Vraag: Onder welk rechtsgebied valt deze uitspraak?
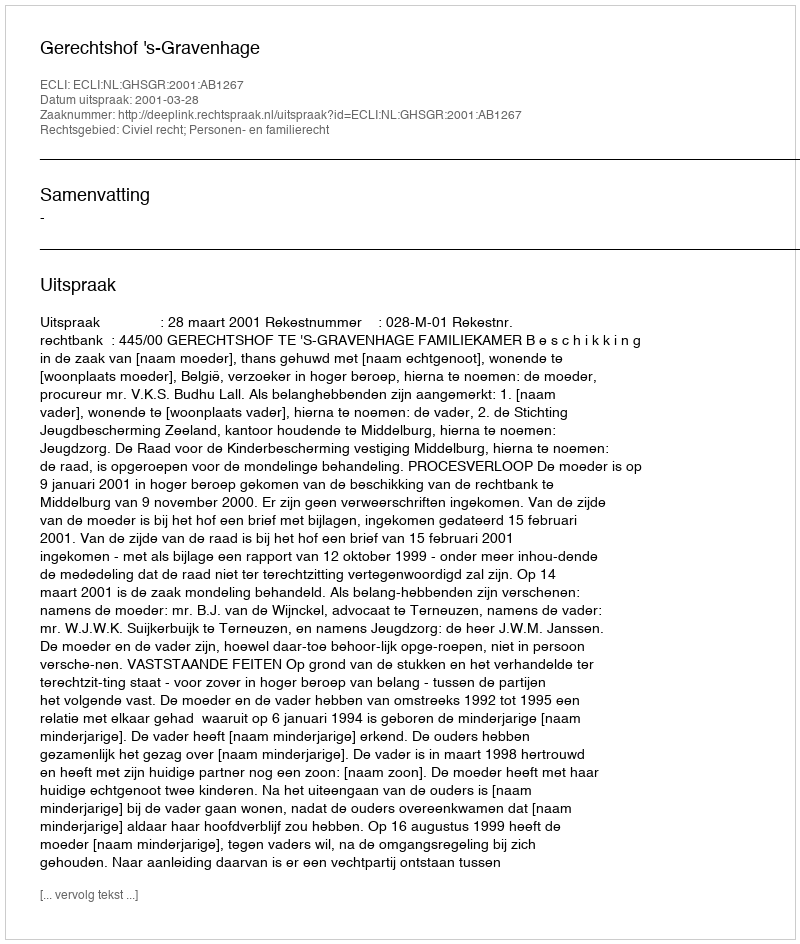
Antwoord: Civiel recht; Personen- en familierecht